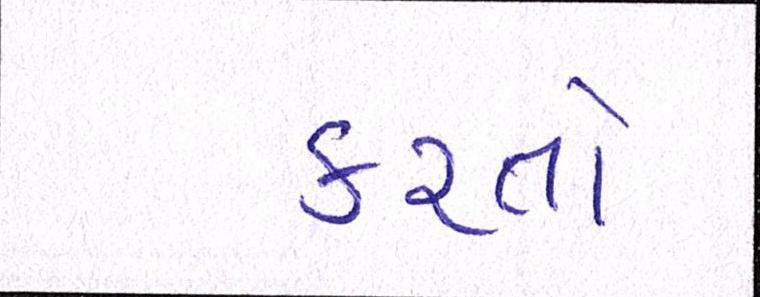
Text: કરતો